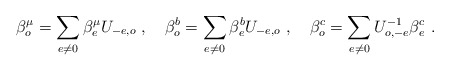
\begin{align*}\beta _{o}^{\mu }=\sum_{e\neq 0}\beta _{e}^{\mu }U_{-e,o}\,\,,\quad\beta_{o}^{b}=\sum_{e\neq 0}\beta _{e}^{b}U_{-e,o}\,\,,\quad\beta_{o}^{c}=\sum_{e\neq 0}U_{o,-e}^{-1}\beta _{e}^{c}\,\,.\end{align*}